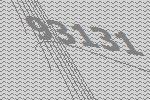
93131